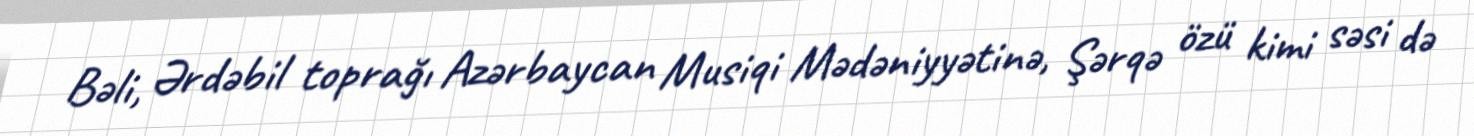
Bəli, Ərdəbil toprağı Azərbaycan Musiqi Mədəniyyətinə, Şərqə özü kimi səsi də